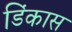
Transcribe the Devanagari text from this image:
डिंकास